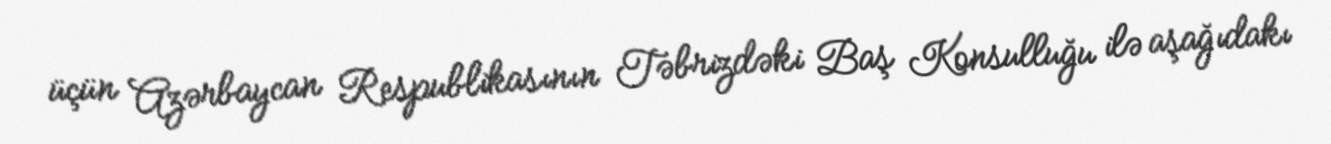
üçün Azərbaycan Respublikasının Təbrizdəki Baş Konsulluğu ilə aşağıdakı